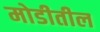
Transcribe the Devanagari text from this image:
मोडीतील